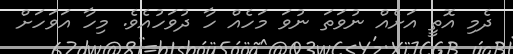
ދެމި އޮތީ އަށެއް ނުވަތަ ނުވަ މަހެއް ހާ ދުވަހުއެވެ. މިހާ އަވަހަށް